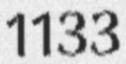
1133